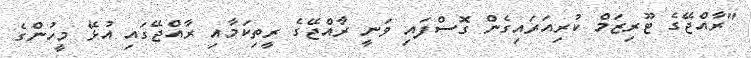
"ރާއްޖޭގެ ޓޫރިޒަމް ކުރިއަރައިގެން ގޮސްފައި ވަނީ ރާއްޖޭގެ ރީތިކަމާއި ރާއްޖޭގައި އުޅޭ މީހުންގެ